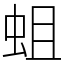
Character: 蛆